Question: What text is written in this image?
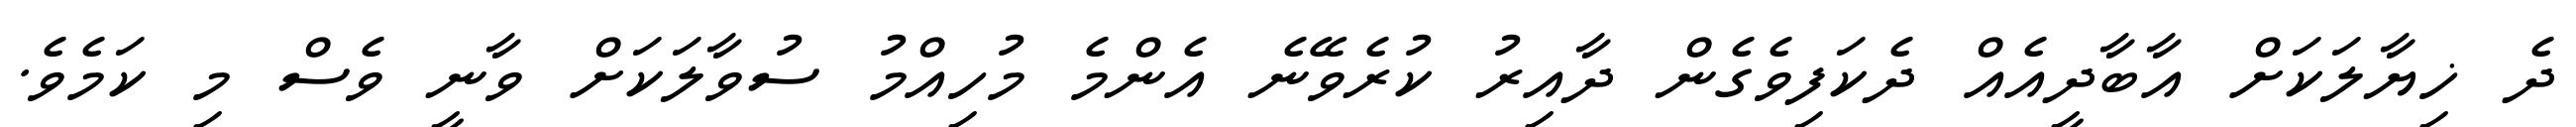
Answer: ދެ ޚިޔާލަކަށް އާބާދީއެއް ދެކަފިވެގެން ދާއިރު ކުރެވޭނެ އެންމެ މުހިއްމު ސުވާލަކަށް ވާނީ ވެސް މި ކަމެވެ.